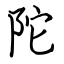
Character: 陀